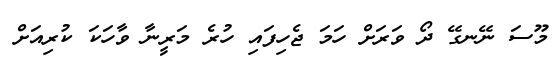
މޫސަ ނޭނގޭ ދޯ ވަރަށް ހަމަ ޖެހިފައި ހުރެ މަރީނާ ވާހަކަ ކުރިއަށް